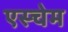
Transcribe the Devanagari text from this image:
एस्चेम